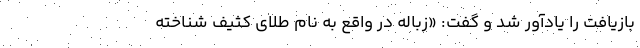
بازیافت را یادآور شد و گفت: «زباله در واقع به نام طلای کثیف شناخته